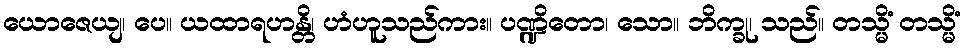
ယောဇေယျ၊ ပေ။ ယထာရဟန္တိ၊ ဟံဟူသည်ကား။ ပဏ္ဍိတော၊ သော။ ဘိက္ခု၊ သည်။ တသ္မိံ တသ္မိံ